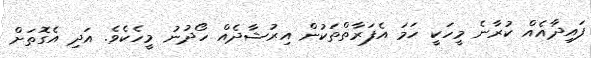
ފައިދާއެއް ކުރާނެ މީހަކީ ހަމަ އެފަރާތްތަކުން އިރުޝާދެއް ހޯދުނު މީހެކެވެ. އަދި އެގޮތަށް